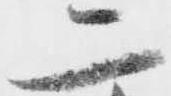
二